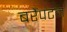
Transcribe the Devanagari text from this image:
बरैंपटन